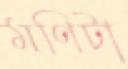
মণিটা